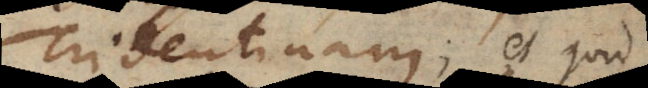
Tridentinam; et quid